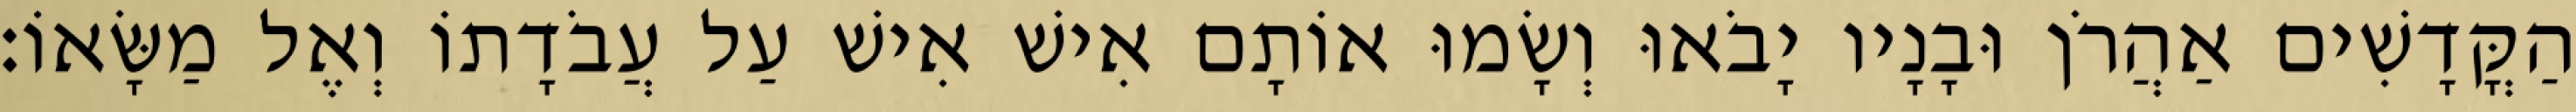
הַקֳּדָשִׁים אַהֲרֹן וּבָנָיו יָבֹאוּ וְשָׂמוּ אוֹתָם אִישׁ אִישׁ עַל עֲבֹדָתוֹ וְאֶל מַשָּׂאוֹ׃